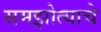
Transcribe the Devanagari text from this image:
समझोत्याचे